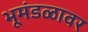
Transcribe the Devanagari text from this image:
भूमंडळावर